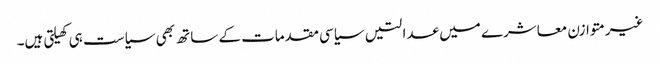
غیرمتوازن معاشرے میں عدالتیں سیاسی مقدمات کے ساتھ بھی سیاست ہی کھیلتی ہیں۔